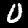
Digit: 0